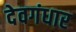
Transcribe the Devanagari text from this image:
देवगंधार